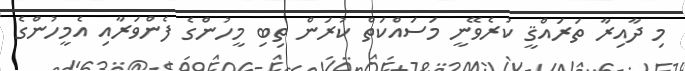
މި ދާއިރާ ތަރައްޤީ ކުރެވޭނީ މަސައްކަތް ކުރަން ތިބި މީހުންގެ ފެންވަރާއި އެމީހުންގެ